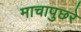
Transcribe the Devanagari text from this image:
माचापुछरे